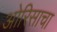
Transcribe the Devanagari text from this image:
ओरिसाचा